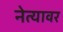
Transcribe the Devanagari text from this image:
नेत्यावर